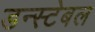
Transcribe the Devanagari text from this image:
डन्स्टेबल